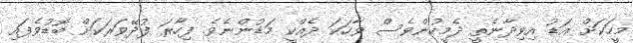
މީހަކަށް އަޑު އިވިދާނެތީ ދެމީހުންވެސް ވާހަކަ ދެއްކީ މަޑުންނެވެ. ފިހާރަ ފުދޭވަރަކަށް ބޮޑުވެފައި